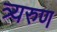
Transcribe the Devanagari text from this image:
त्र्यरुण